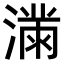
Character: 𫞜